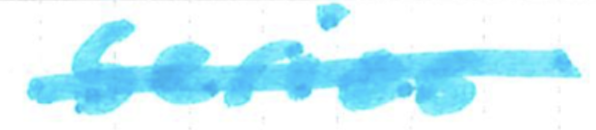
Text: series
Cross-out: single-line
Writing tool: marker